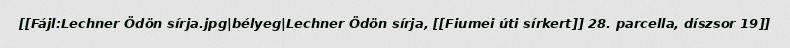
[[Fájl:Lechner Ödön sírja.jpg|bélyeg|Lechner Ödön sírja, [[Fiumei úti sírkert]] 28. parcella, díszsor 19]]